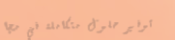
توفير حلول متكاملة في مجا